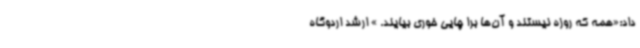
داد:«همه که روزه نیستند و آن‌ها برا چایی خوری بیایند. » ارشد اردوگاه